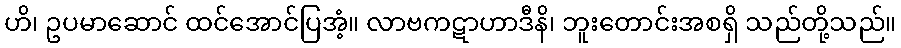
ဟိ၊ ဥပမာဆောင် ထင်အောင်ပြအံ့။ လာဗကဋာဟာဒီနိ၊ ဘူးတောင်းအစရှိ သည်တို့သည်။